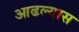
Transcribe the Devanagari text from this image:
आढल्यास